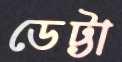
ডেট্টা